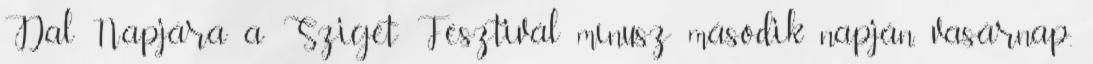
Dal Napjára a Sziget Fesztivál mínusz második napján, vasárnap.